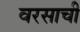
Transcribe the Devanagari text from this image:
वरसाची